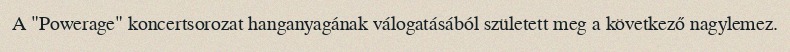
A "Powerage" koncertsorozat hanganyagának válogatásából született meg a következő nagylemez.